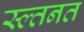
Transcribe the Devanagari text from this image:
स्ल्तनत